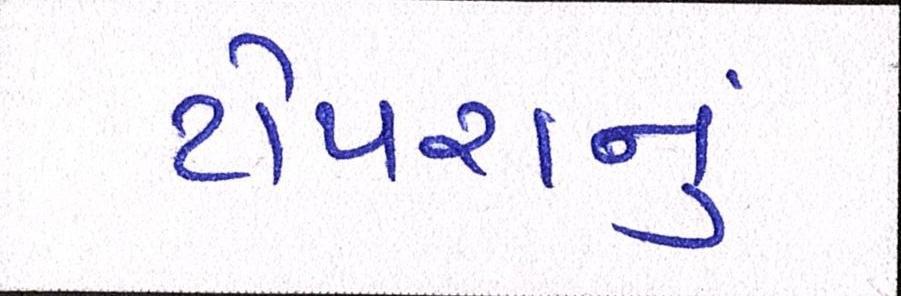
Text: ટોપરાનું